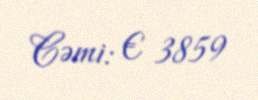
Cəmi: € 3859